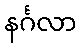
နင်္ဂလာ